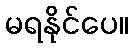
မရနိုင်ပေ။